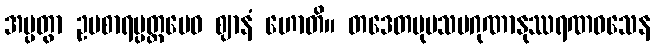
အပ္ပတွာ ဥပစာရပ္ပတ္တမေဝ ဈာနံ ဟောတိ။ တဒေတမုပသမဂုဏာနုဿရဏဝသေန